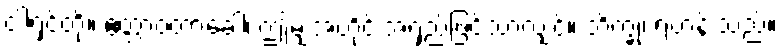
ငါ့ရှင်တို့။ ဧတ္တာဝတာခေါ၊ ဤမျှအတိုင်းအရှည်ဖြင့်သာလျှင်။ ဘိက္ခု၊ ရဟန်းသည်။